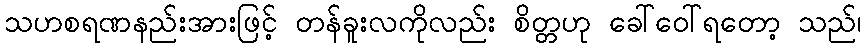
သဟစရဏနည်းအားဖြင့် တန်ခူးလကိုလည်း စိတ္တဟု ခေါ်ဝေါ်ရတော့ သည်၊